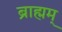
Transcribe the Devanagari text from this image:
ब्राह्मम्